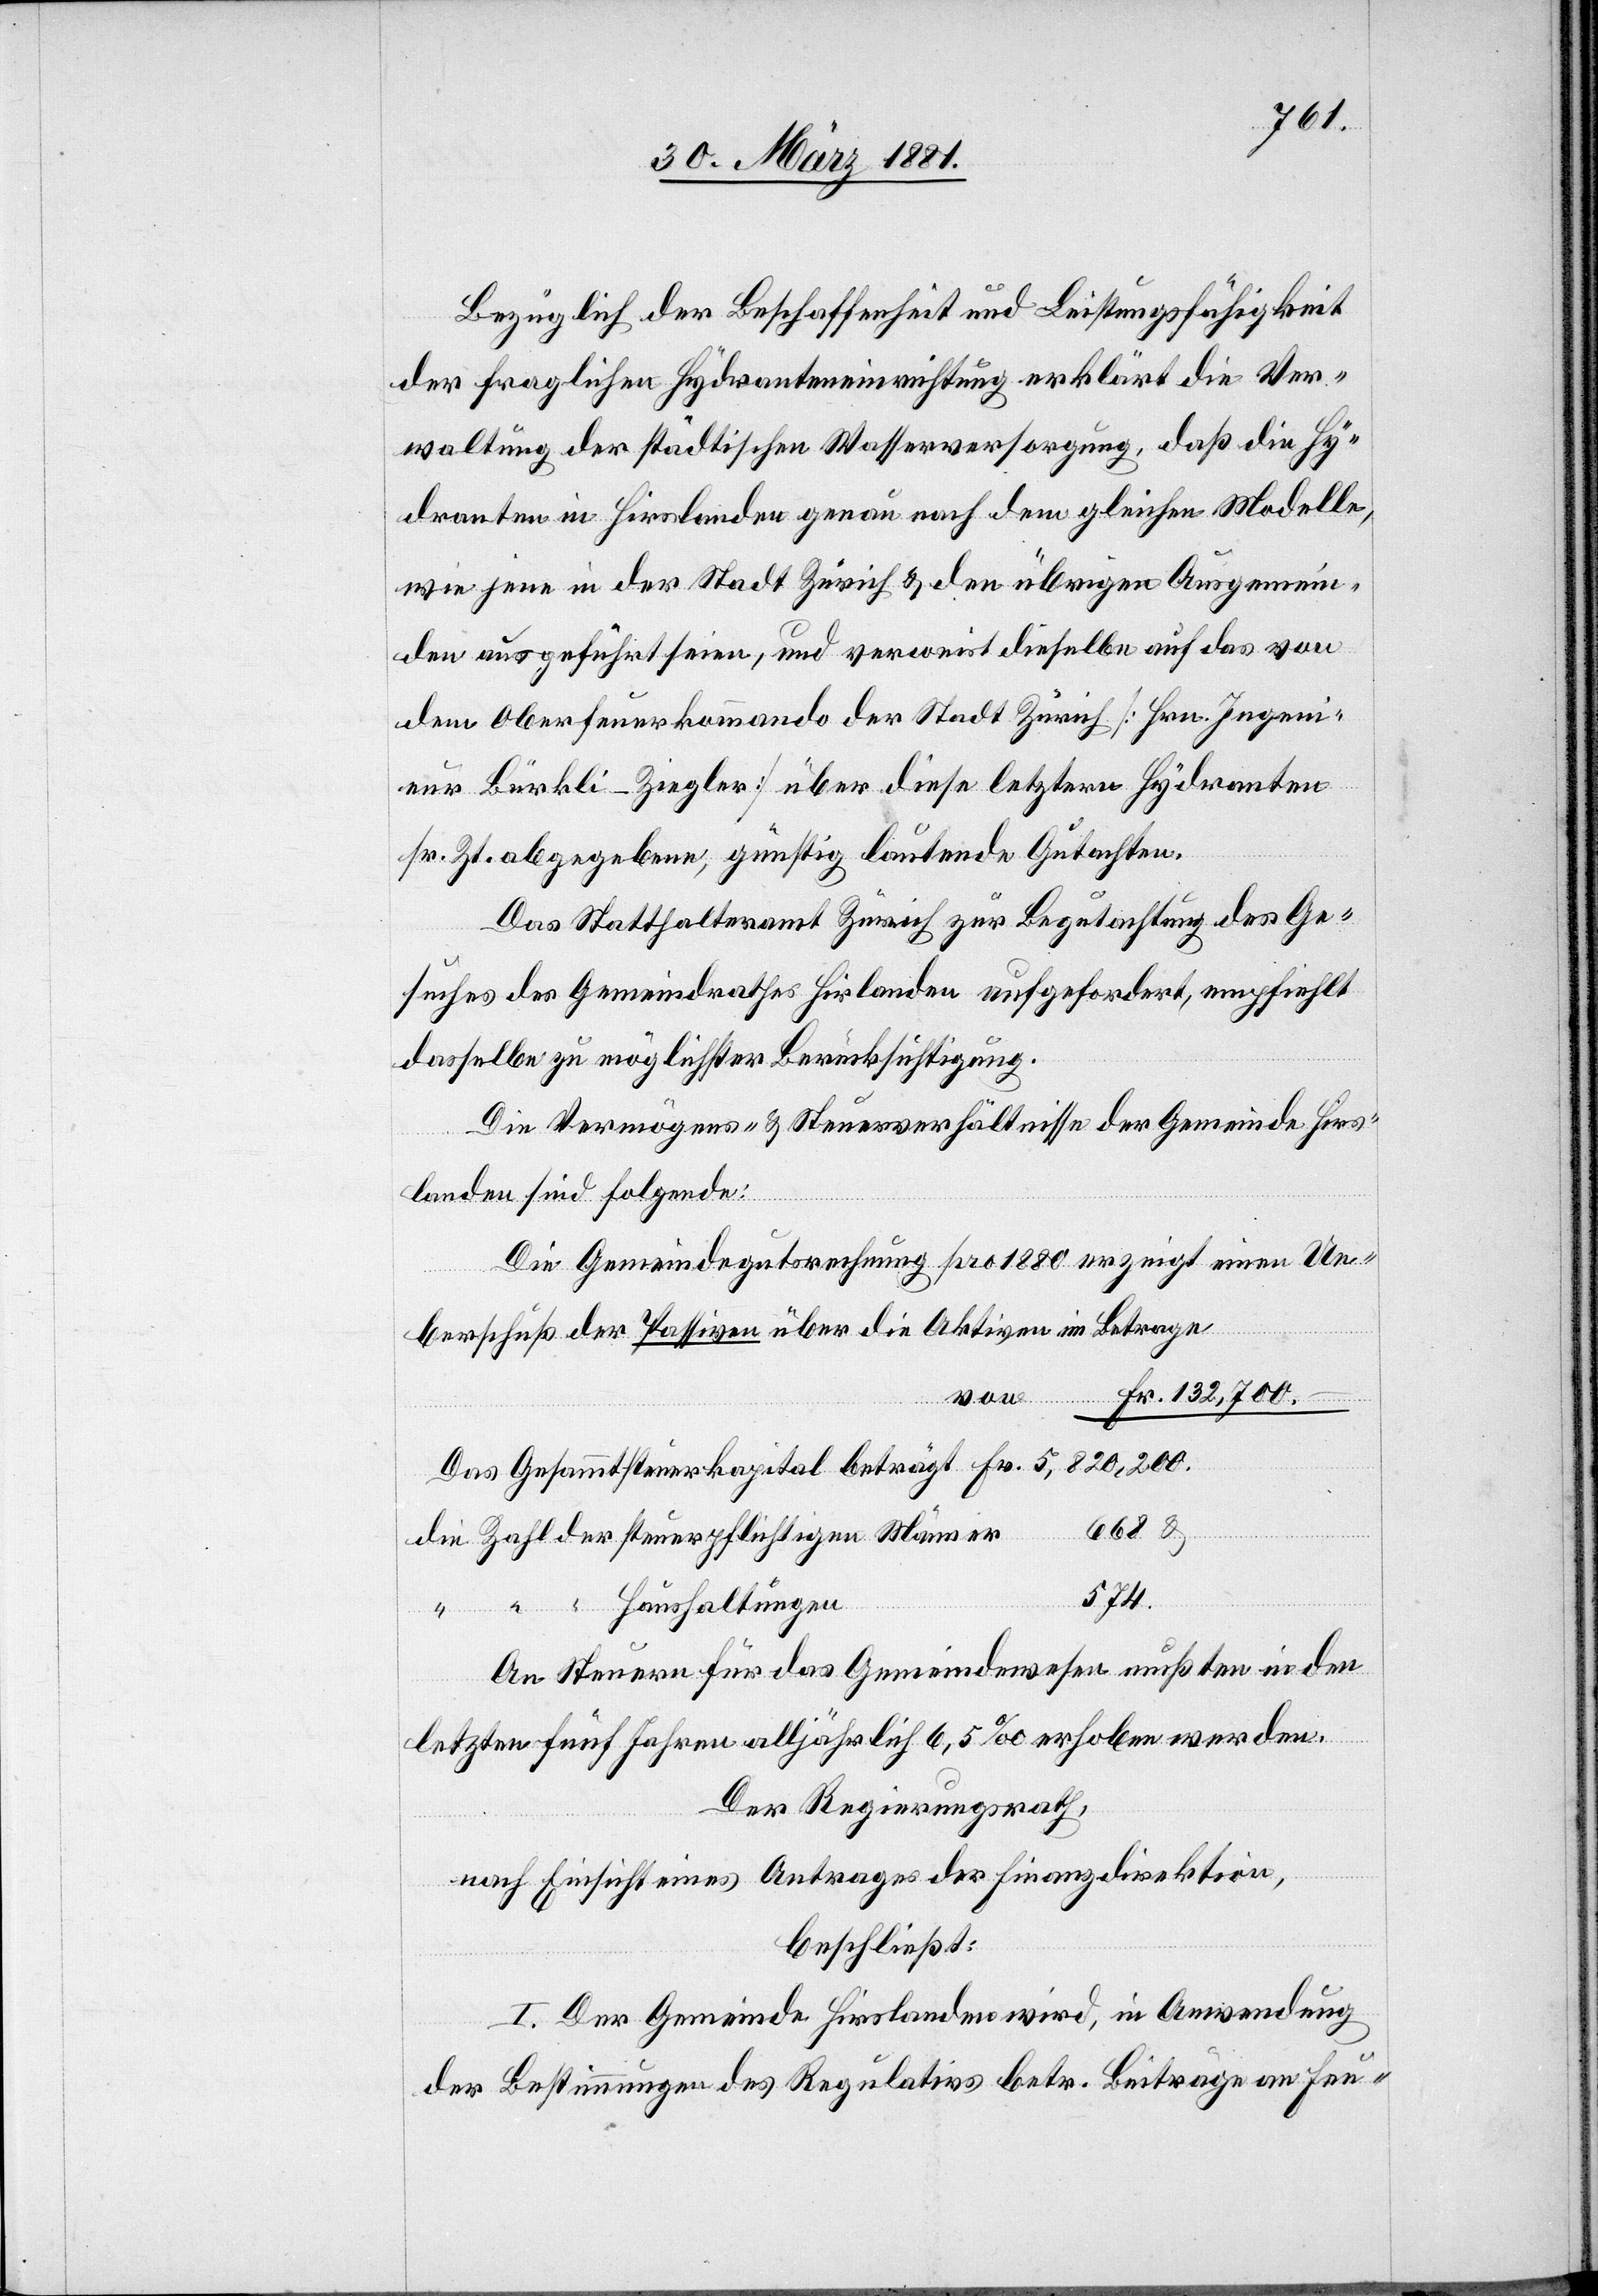
Bezüglich der Beschaffenheit und Leistungsfähigkeit
der fraglichen Hydranteneinrichtung erklärt die Ver¬
waltung der städtischen Wasserversorgung, daß die Hy¬
dranten in Hirslanden genau nach dem gleichen Modelle,
wie jene in der Stadt Zürich & den übrigen Ausgemein¬
den ausgeführt seien, und verweist dieselbe auf das von
dem Oberfeuerkommando der Stadt Zürich [Hrn. Ingeni¬
eur Bürkli-Ziegler] über diese letztere Hydranten
sr. Zt. abgegeben, günstig lautende Gutachten.
Das Statthalteramt Zürich zur Begutachtung des Ge¬
suches des Gemeindrathes Hirslanden aufgefordert, empfiehlt
dasselbe zu möglichster Berücksichtigung.
Die Vermögens- & Steuerverhältnisse der Gemeinde Hirs¬
landen sind folgende:
Die Gemeindegutrechnung pro 1880 erzeigt einen Ue¬
berschuß der Passiven über die Aktiven im Betrage
r		668
Das Gesammtsteuerkapital beträgt		Fr. 5,820,200.
die Zahl der steuerpflichtigen Männe¬
n		574.
“ “ “ Haushaltunge¬
An Steuern für das Gemeindewesen mußten in den
letzten fünf Jahren alljährlich 6,5‰ erhoben werden.
Der Regierungsrath,
nach Einsicht eines Antrages der Finanzdirektion,
beschließt:
I. Der Gemeinde Hirslanden wird, in Anwendung
der Bestimmungen des Regulativs betr. Beiträge an Feu-